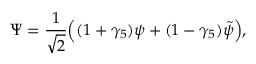
\Psi = \frac { 1 } { \sqrt { 2 } } \Big ( ( 1 + \gamma _ { 5 } ) \psi + ( 1 - \gamma _ { 5 } ) \tilde { \psi } \Big ) ,